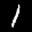
Label: 1